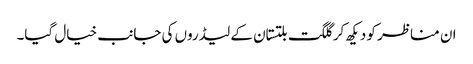
ان مناظر کو دیکھ کر گلگت بلتستان کے لیڈروں کی جانب خیال گیا۔